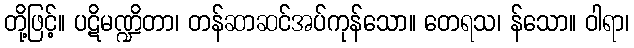
တို့ဖြင့်။ ပဋိမဏ္ဍိတာ၊ တန်ဆာဆင်အပ်ကုန်သော။ တေရသ၊ န်သော။ ဝါရာ၊